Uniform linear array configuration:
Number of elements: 12
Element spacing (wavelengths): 0.5
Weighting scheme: uniform
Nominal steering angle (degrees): -45
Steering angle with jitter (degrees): -44.915
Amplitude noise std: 0.05
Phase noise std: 0.05

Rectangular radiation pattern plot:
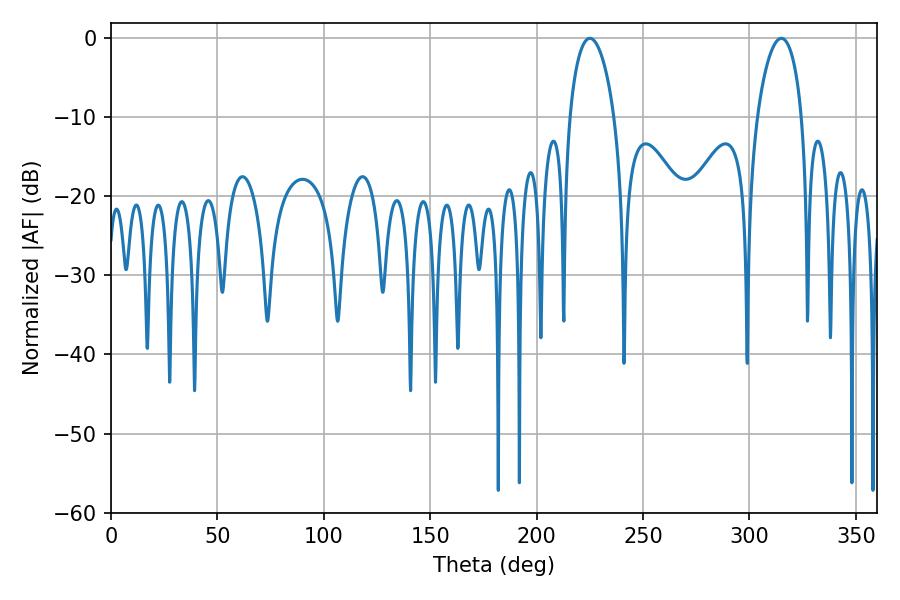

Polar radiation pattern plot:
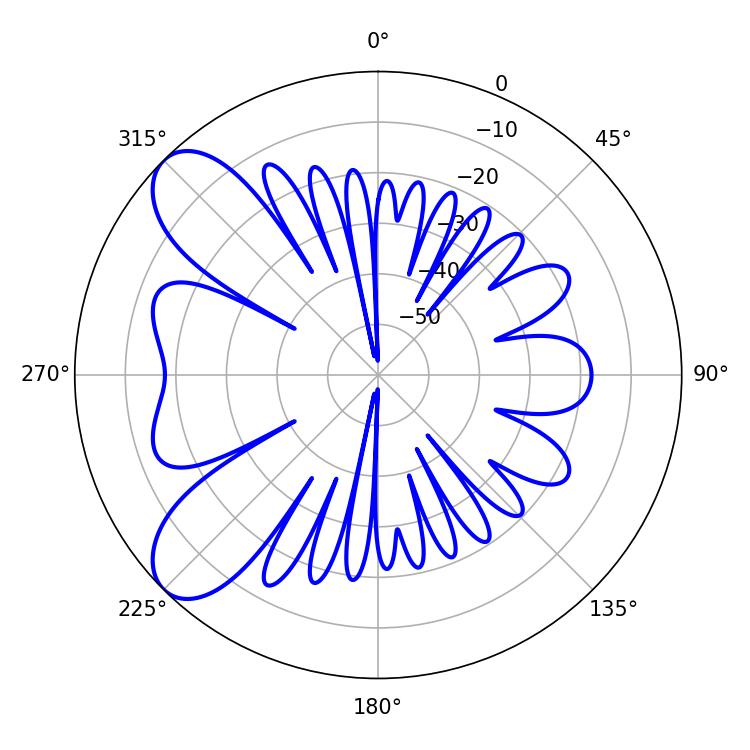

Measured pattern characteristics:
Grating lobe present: FALSE
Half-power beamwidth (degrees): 11.88
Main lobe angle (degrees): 225